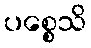
ပစ္စေသိ